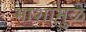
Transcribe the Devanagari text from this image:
माशांमुळे